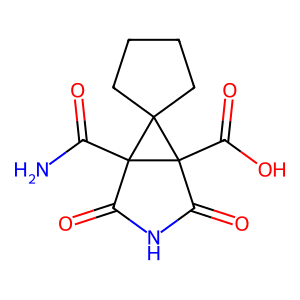
SMILES: NC(=O)C12C(=O)NC(=O)C1(C(=O)O)C21CCCC1
Inhibits HIV replication: No